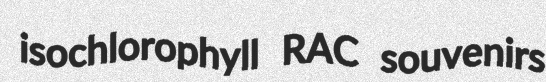
isochlorophyll RAC souvenirs